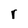
Character: r